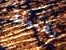
بقنبلة